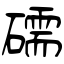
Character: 礝